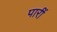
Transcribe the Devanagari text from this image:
पारीं